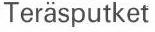
Teräsputket